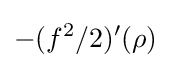
-(f^{2}/2)'(\rho )